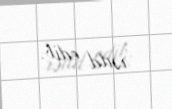
rədd edib.